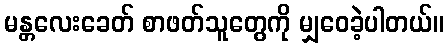
မန္တလေးခေတ် စာဖတ်သူတွေကို မျှဝေခဲ့ပါတယ်။